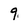
Character: 9